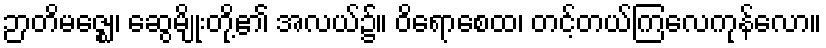
ဉာတိမဇ္ဈေ၊ ဆွေမျိုးတို့၏ အလယ်၌။ ဝိရောစေထ၊ တင့်တယ်ကြလေကုန်လော။